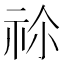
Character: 𥙄